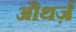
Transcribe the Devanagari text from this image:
औथर्ज़